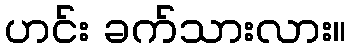
ဟင်း ခက်သားလား။